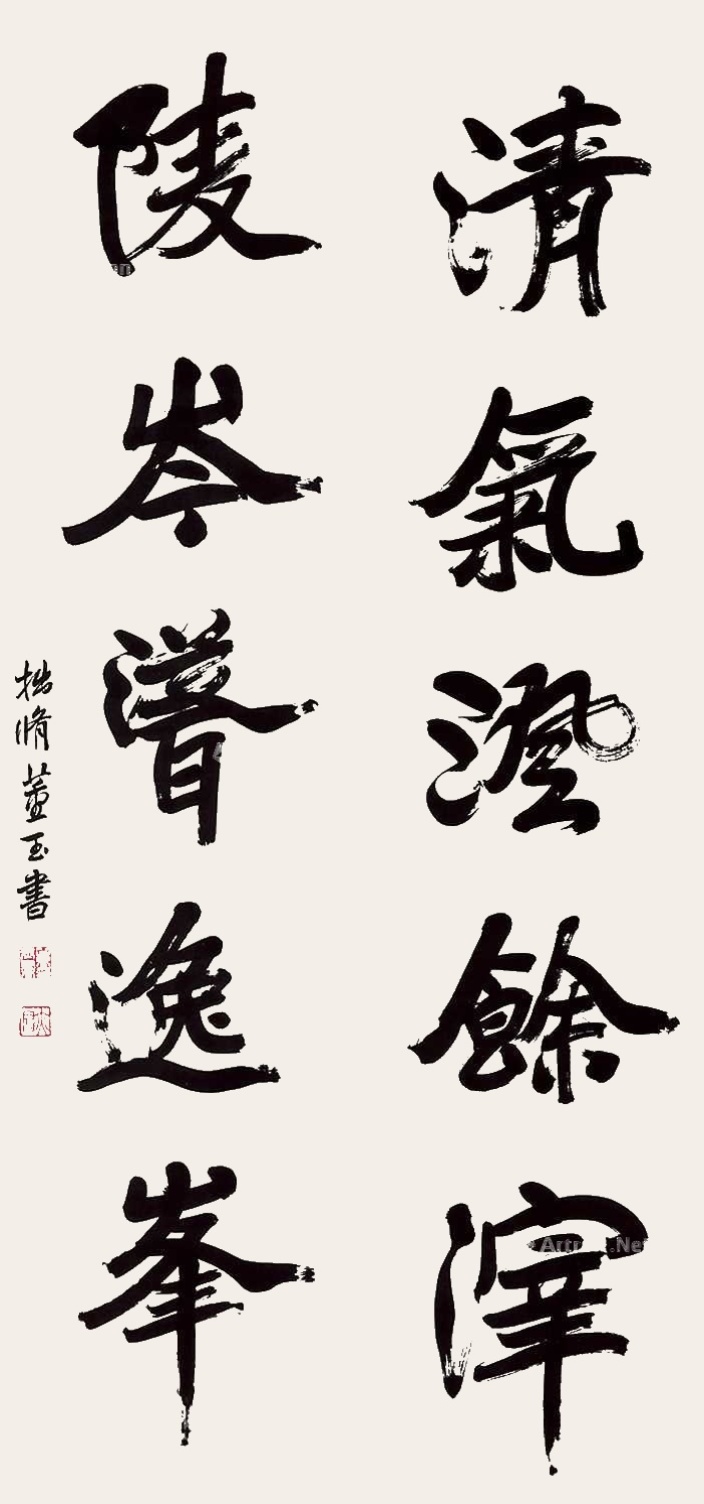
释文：清气澄余滓，陵岑耸逸峰。拙修董玉书。